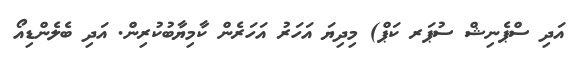
އަދި ސްޕެނިޝް ސުޕަރ ކަޕް) މިދިޔަ އަހަރު އަހަރެން ކާމިޔާބުކުރިން. އަދި ބެލެންޑިއޯ